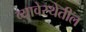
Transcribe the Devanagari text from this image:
व्यावेस्थेतील